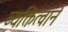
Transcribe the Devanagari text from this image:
व्यक्तित्वाने